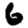
Digit: 6